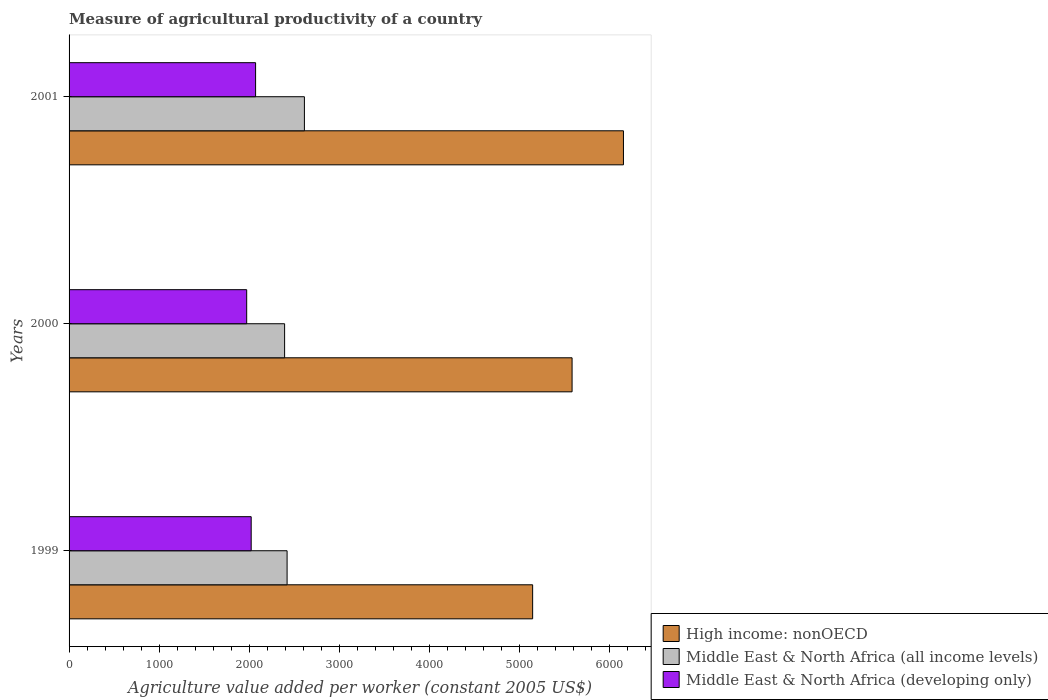
| Years | High income: nonOECD | Middle East & North Africa (all income levels) | Middle East & North Africa (developing only) |
 | --- | --- | --- | --- |
 | 1999 | 5.15e+03 | 2.42e+03 | 2.02e+03 |
 | 2000 | 5.59e+03 | 2.39e+03 | 1.97e+03 |
 | 2001 | 6.16e+03 | 2.61e+03 | 2.07e+03 |